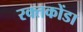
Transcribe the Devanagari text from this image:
रक्तकोंडा